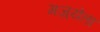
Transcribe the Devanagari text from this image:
गज़्येता